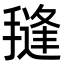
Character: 𭢊